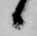
候